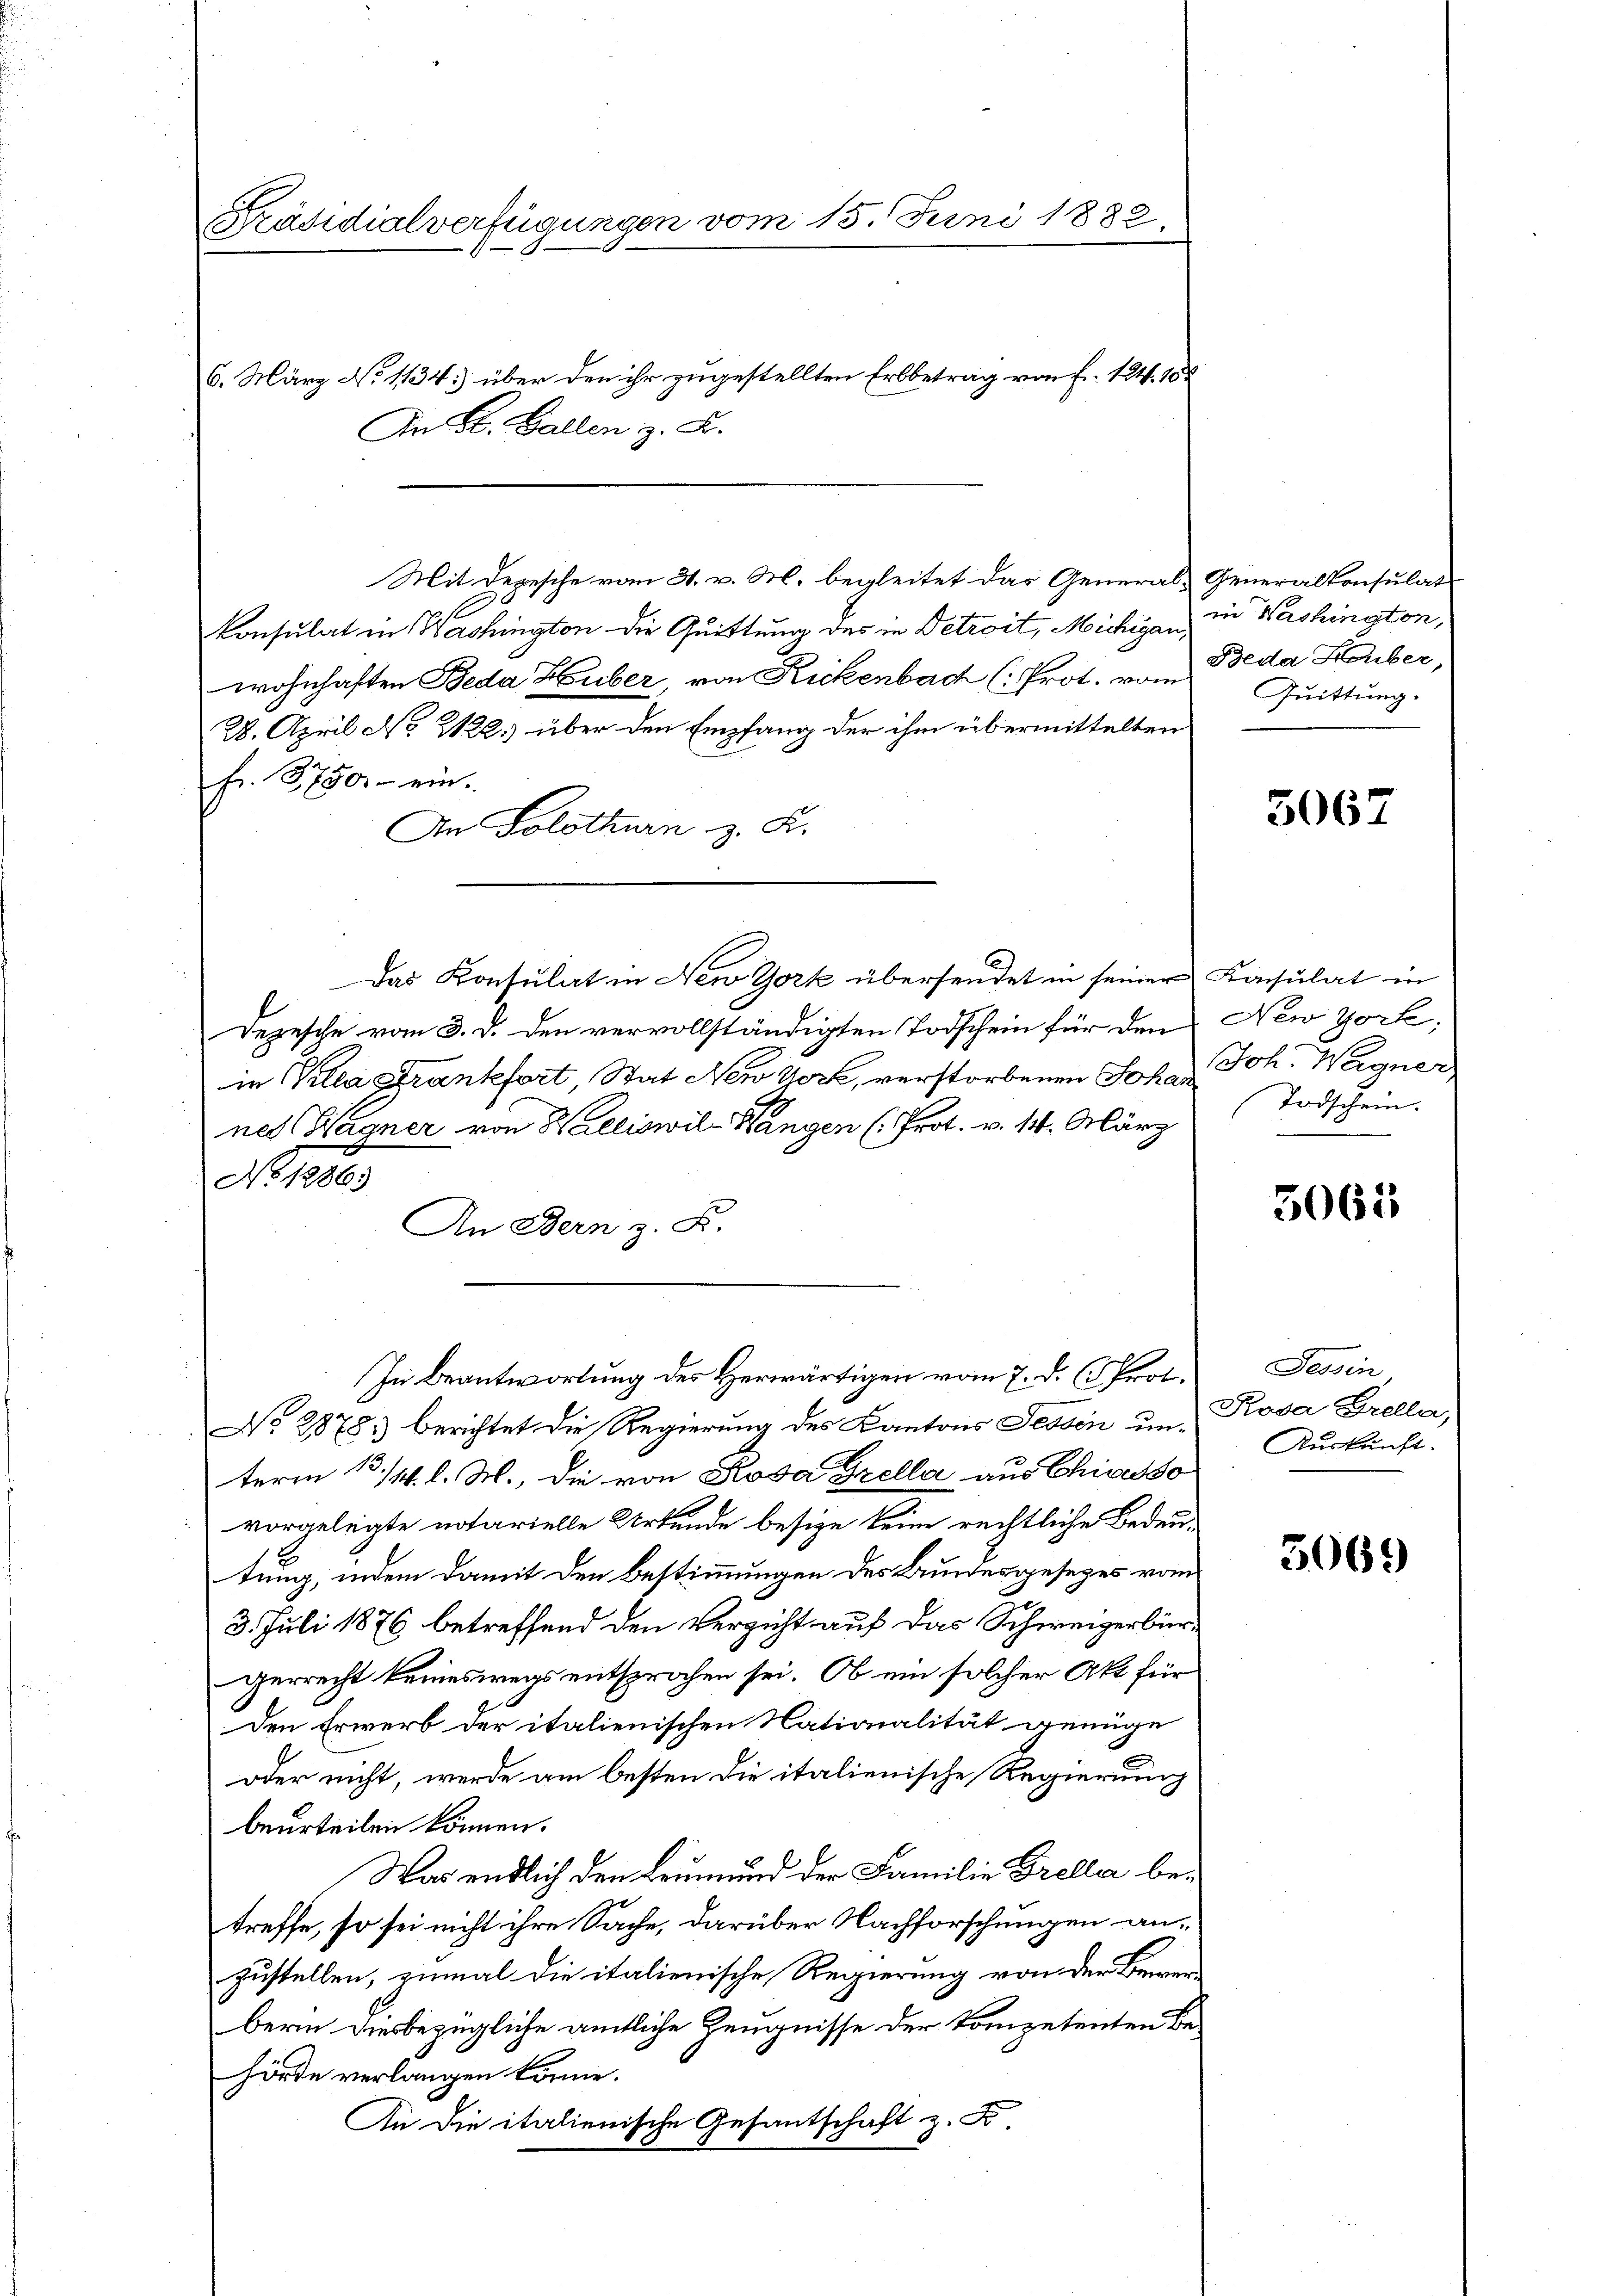
Präsidialverfügungen vom 15. Juni 1882,

An St. Gallen z. B.

Mit Depesche vom 31. v. M. begleitet das General- Generalkonsulat
1
konsulat in Washington die Quittung des in Detroit, Michigan in Washington,
wohnhaften Beda Huber, von Rickenbach (: Prot. vom Quittung.
28. April No 222.) über den Empfang der ihm übermittelten
fr. 750.- ein.
An Solothurn z. B.
Das Konsulat in New York übersendet in seiner Konsulat in
Depesche vom 3. d. den vervollständigten Todschein für den New York,
in Villa Frankfort Stat New York, verstorbenen Johan
net Wagner von Walliswil Wangen (Prot. v. 14. März
No 12863
An Bern z. B.
No 28783 berichtet die Regierung des Kantons Tessin um Rosa Grella,
term 13./4. l. M., die von Rosa Grella aus Chiasso
vorgelegte notarielle Urkunde besize keine rechtliche Bedeutung, indem damit den Bestimmungen des Bundesgesetzes vom
3. Juli 1876 betreffend den Verzicht auf das Schweizerbürgerrecht keineswegs entsprochen sei. Ob ein solcher Akt für
Den Erwerb der italienischen Nationalität genüge
oder nicht, werde am besten die italienische Regierung
beurteilen können.
Was endlich den Leumund der Familie Grella betreffe, so sei nicht ihre Sache, darüber Nachforschungen anzustellen, zumal die italienische Regierung von der Bewerbern diesbezügliche amtliche Zeugnisse der Kompetenten Be¬
Hörde verlangen könne.
An die italienische Gesantschaft z. B.

6. März No 1134. über den ihr zugestellten Erbbetrag von f. 124. 188

In Beantwortung des Herwärtigen vom 7. d. Prot.

Beda Huber,

5067

Joh. Wagner
Todschein.

5061

Tessin,
Auskunft.

3069